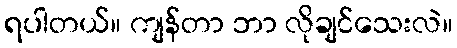
ရပါတယ်။ ကျန်တာ ဘာ လိုချင်သေးလဲ။